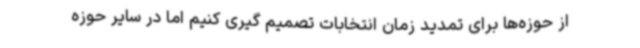
از حوزه‌ها برای تمدید زمان انتخابات تصمیم گیری کنیم اما در سایر حوزه